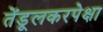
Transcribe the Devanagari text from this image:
तेंडूलकरपेक्षा